Report on vaccination North-West Frontier Province 1904-1922 - 1904-1922
Year: 1904
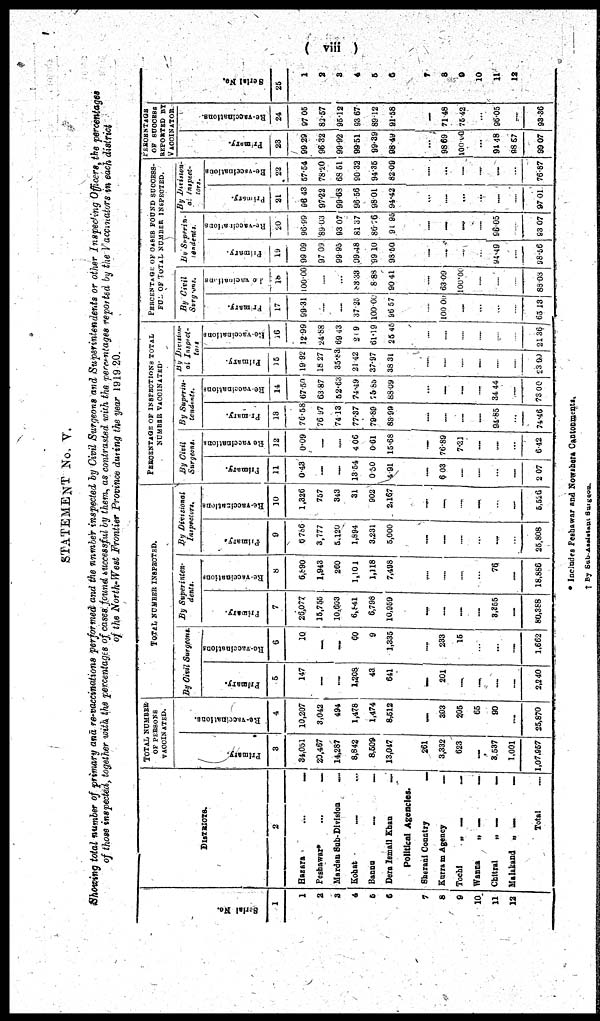
( viii )
STATEMENT No. V.
Showing total number of primary and re-vaccinations performed and the number inspected by Civil Surgeons and Superintendents or other Inspecting Officers, the percentages
of those inspected, together with the percentages of cases found successful by them, as contrasted with the percentages reported by the Vaccinators in each district
of the North-West Frontier Province during the year 1919-20.
Serial No.
1
1
2
3
4
5
6
7
8
9
10
11
12
DISTRICTS.
2
Hazara
...
.....
Peshawar*
...
.....
Mardan Sub-Division .....
Kohat
..... ...
Bannu
..... .....
Dera Ismail Khan
.....
Political Agencies.
Sherani Country
.....
Kurram Agency
.....
Tochi
„
....
.....
Wanna
„ . . . . . .....
Chitral
„ ..... .....
Malakand „
.....
.....
Total ...
TOTAL NUMBER
OF PERSONS
VACCINATED.
Primary.
3
34,051
20,467
14,287
8,842
8,509
13,047
261
3,332
623
.....
3,537
1,001
1,07,957
Re-vaccinations.
4
10,207
3,042
494
1,478
1,474
8,512
.....
303
205
65
90
.....
25,870
TOTAL NUMBER INSPECTED.
By Civil Surgeons.
Primary.
5
147
.....
.....
1,208
43
641
.....
201
......
.....
.....
.....
2,240
Re-vaccinations
6
10
.....
.....
60
9
1,335
.....
233
15
...
...
.....
1,662
By Superinten-
dents.
Primary.
7
26,077
15,755
10,603
6, 841
6,798
10,959
.....
.....
.....
.....
3,355
.....
80,388
Re-vaccinations
8
6,890
1,943
260
1,101
1,118
7,498
.....
....
.....
...
76
.....
18,886
By Divisional
Inspectors.
Primary.
9
6,786
3,777
5,120
1,894
3,231
5,000
.....
.....
.....
...
...
...
25,808
Re-vaccinations
10
1,326
757
343
31
902
2,167
.....
.....
.....
.....
...
.....
5,526
PERCENTAGE OF INSPECTIONS TOTAL
NUMBER VACCINATED.
By Civil
Surgeons.
Primary.
11
0.43
.....
.....
13.54
0.50
4.91
.....
6.03
....
.....
...
.....
2.07
Re-vaccinations
12
0.09
.....
....
4.06
0.61
15.68
.....
76.89
7.31
.....
.....
...
6.42
By Superin-
tendents.
Primary.
13
76.58
76.97
74.13
77.37
79.89
83.99
.....
.....
.....
.....
94.85
...
74.46
Re-vaccinations
14
67.50
63.87
52.63
74.49
75.85
88.09
...
.....
.....
.....
34.44
.....
73.00
By Division¬
al Inspect¬
tors
Primary.
15
19.92
18.27
35.83
21.42
37.97
38.31
.....
.....
.....
.....
.....
.....
23.90
Re-vaccinations
16
12.99
24.88
69.43
209
61.19
25.45
....
.....
...
.....
.....
.....
21.36
PERCENTAGE OF CASES FOUND SUCCESS¬
FUL OF TOTAL NUMBER INSPECTED.
By Civil
Surgeons.
Primary.
17
99.31
....
.....
37.25
100.00
96.57
.....
100.00
.....
...
...
.....
63.13
Re-vacinations
18
100.00
.....
...
83.33
8.88
90.41
.....
63.09
100.00
.....
.....
.....
88.08
By Superin-
tendents.
Primary.
19
99.09
97.09
99.95
99.48
99.10
98.50
.....
....
.....
...
94.49
.....
98.56
Re-vaccinations
20
96.99
89.03
93.07
81.37
86.76
91.95
.....
.....
.....
.....
96.05
.....
93.07
By Division¬
al Inspect¬
tors.
Primary.
21
96.43
97.22
99.68
96.56
98.01
94.42
...
.....
...
...
.....
.....
97.01
Re-vaccinations
22
57.54
78.20
68.51
90.32
94.35
82.09
.....
...
.....
.....
.....
...
76.87
PERCENTAGE
OF SUCCESS
REPORTED BY
VACCINATOR.
Primary.
23
99.29
96.32
99.92
99.51
99.39
98.49
...
98.69
100.00
...
94.48
98.67
99.07
Re-vaccinations.
24
97.05
82.57
95.12
93.67
89.12
91.58
.....
71.48
75.42
...
96.05
.....
93.36
Serial No.
25
1
2
3
4
5
6
7
8
9
10
11
12
* Includes Peshawar and Nowshera Cantonments.
† By Sub-Assistant Surgeon.